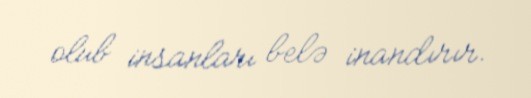
olub insanları belə inandırır.